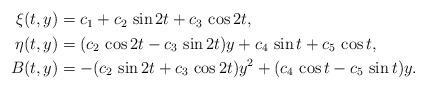
LaTeX: \begin{align*}\begin{aligned}\xi{(t,y)} &= c_{1}+ c_{2}~{\sin{2t}}+c_{3}~{\cos{2t}},\\\eta{(t,y)} &= {(c_{2}~{\cos{2t}}-c_{3}~{\sin{2t}})y}+c_{4}~{\sin{t}}+c_{5}~{\cos{t}},\\B(t,y) &= -{(c_{2}~{\sin{2t}}+c_{3}~{\cos{2t}}){y^{2}}}+{(c_{4}~{\cos{t}}-c_{5}~{\sin{t}})}{y}.\end{aligned}\end{align*}